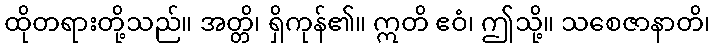
ထိုတရားတို့သည်။ အတ္တိ၊ ရှိကုန်၏။ ဣတိ ဧဝံ၊ ဤသို့။ သစေဇာနာတိ၊